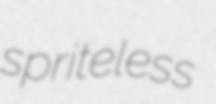
spriteless